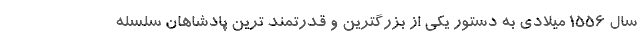
سال 1556 میلادی به دستور یکی از بزرگترین و قدرتمند ترین پادشاهان سلسله